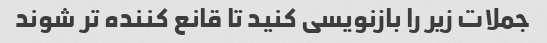
جملات زیر را بازنویسی کنید تا قانع کننده تر شوند